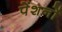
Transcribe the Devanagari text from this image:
पेंशनों